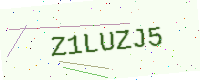
Text: Z1LUZJ5